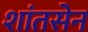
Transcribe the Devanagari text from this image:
शांतसेन